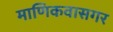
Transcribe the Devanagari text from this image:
माणिकवासगर